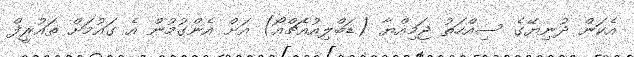
އެކަން ދުނިޔޭގެ ސިއްހަތު ޖަމިއްޔާ (ޑަބްލިއުއެޗްއޯ) އަށް އެންގުމުން އެ ގައުމަށް ތައުރީފް